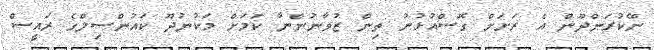
ނޭކުރަންދޫން އެ ރަށަށް ގޮސްއުޅުނު ތިން ޒުވާނުންނާ ކަމަށް މަކުނުދޫ ކައުންސިލްގެ ރައީސް